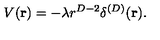
V ( { \bf r } ) = - \lambda r ^ { D - 2 } \delta ^ { ( D ) } ( { \bf r } ) .